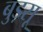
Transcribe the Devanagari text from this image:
बुड़सू